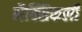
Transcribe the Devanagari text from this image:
मैक्सिकली